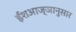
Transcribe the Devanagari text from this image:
ईशआज्ञानुसार